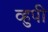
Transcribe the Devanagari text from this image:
व्हुपी